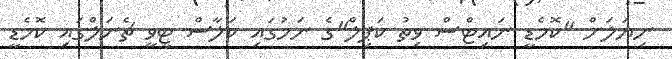
ނިޔަލަށް "ކޮމެޑީ ނައިޓްސް ވިތު ކަޕިލް"ގެ ނަމުގައި ކަލާސް ޓީވީ ޗެނަލްގައި ކޮމެޑީ